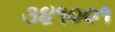
૩૪૧૦૦૧